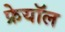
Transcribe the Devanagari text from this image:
फ्रेयॉल